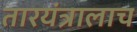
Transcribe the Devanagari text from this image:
तारयंत्रालाच